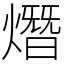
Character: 熸